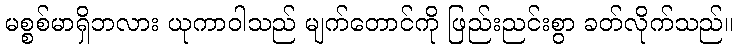
မစ္စစ်မာရှိဘလား ယုကာဝါသည် မျက်တောင်ကို ဖြည်းညင်းစွာ ခတ်လိုက်သည်။